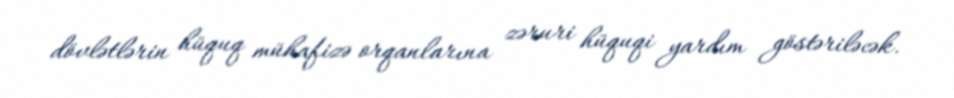
dövlətlərin hüquq mühafizə orqanlarına zəruri hüquqi yardım göstəriləcək.